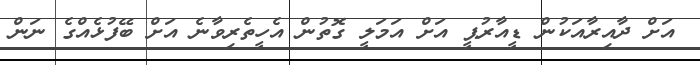
އަށް ދާއިރާއަކުން ޑީއާރުޕީ އަށް އަމަލީ ގޮތުން އެހީތެރިވާނެ އަށް ބޭފުޅެއްގެ ނަން